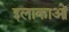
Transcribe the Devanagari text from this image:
इलाकाओं